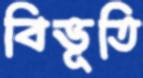
বিভূতি